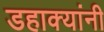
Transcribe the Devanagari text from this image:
डहाक्यांनी